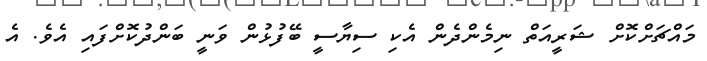
މައްޗަށްކޮށް ޝަރީއަތް ނިމެންދެން އެކި ސިޔާސީ ބޭފުޅުން ވަނީ ބަންދުކޮށްފައި އެވެ. އެ